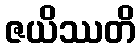
ဇယိဿတိ